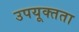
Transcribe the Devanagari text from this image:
उपयूक्तता